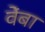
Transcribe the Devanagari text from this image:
वेंबा